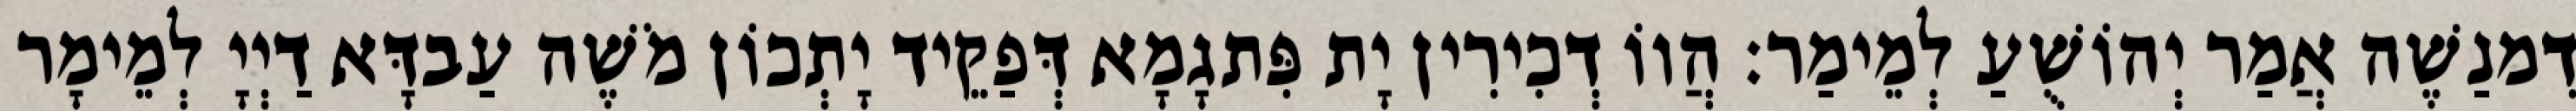
דִמנַשֶׁה אֲמַר יְהוֹשֻׁעַ לְמֵימַר׃ הֲווֹ דְכִירִין יָת פִּתגָמָא דְּפַקֵיד יָתְכוֹן מֹשֶׁה עַבדָּא דַיְיָ לְמֵימָר